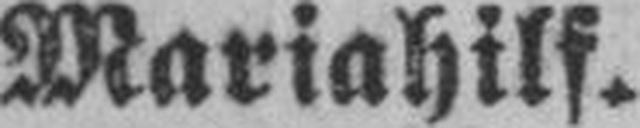
Mariahilf.